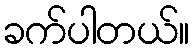
ခက်ပါတယ်။